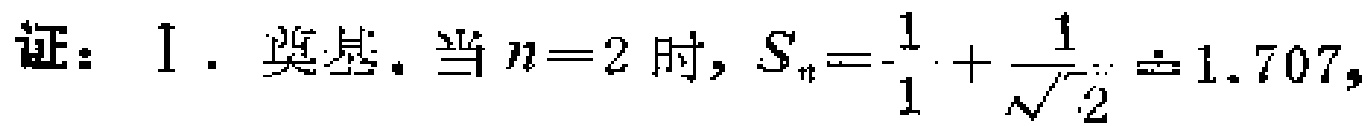
证：1. 奠基. 当\(n = 2\)时，\(S_{n}=\frac{1}{1}+\frac{1}{\sqrt{2}}\approx1.707\)，